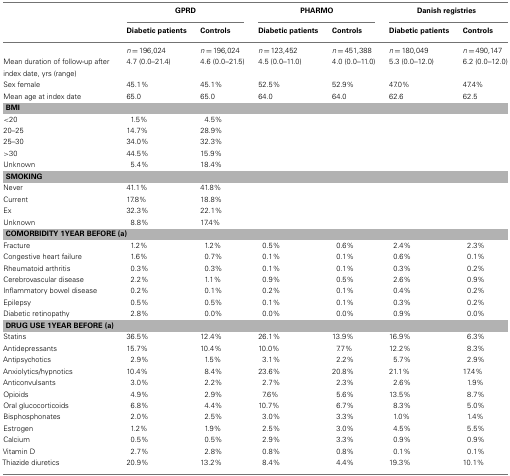
<table><thead><tr><td></td><td colspan="2"><b>GPRD</b></td><td colspan="2"><b>PHARMO</b></td><td colspan="2"><b>Danish registries</b></td></tr><tr><td></td><td><b>Diabetic patients</b></td><td><b>Controls</b></td><td><b>Diabetic patients</b></td><td><b>Controls</b></td><td><b>Diabetic patients</b></td><td><b>Controls</b></td></tr></thead><tbody><tr><td></td><td><i>n</i> = 196,024</td><td><i>n</i> = 196,024</td><td><i>n</i> = 123,452</td><td><i>n</i> = 451,388</td><td><i>n</i> = 180,049</td><td><i>n</i> = 490,147</td></tr><tr><td>Mean duration of follow-up after index date, yrs (range)</td><td>4.7 (0.0–21.4)</td><td>4.6 (0.0–21.5)</td><td>4.5 (0.0–11.0)</td><td>4.0 (0.0–11.0)</td><td>5.3 (0.0–12.0)</td><td>6.2 (0.0–12.0)</td></tr><tr><td>Sex female</td><td>45.1%</td><td>45.1%</td><td>52.5%</td><td>52.9%</td><td>47.0%</td><td>47.4%</td></tr><tr><td>Mean age at index date</td><td>65.0</td><td>65.0</td><td>64.0</td><td>64.0</td><td>62.6</td><td>62.5</td></tr><tr><td colspan="7"><b>BMI</b></td></tr><tr><td>&lt;20</td><td>1.5%</td><td>4.5%</td><td></td><td></td><td></td><td></td></tr><tr><td>20–25</td><td>14.7%</td><td>28.9%</td><td></td><td></td><td></td><td></td></tr><tr><td>25–30</td><td>34.0%</td><td>32.3%</td><td></td><td></td><td></td><td></td></tr><tr><td>&gt;30</td><td>44.5%</td><td>15.9%</td><td></td><td></td><td></td><td></td></tr><tr><td>Unknown</td><td>5.4%</td><td>18.4%</td><td></td><td></td><td></td><td></td></tr><tr><td colspan="7"><b>SMOKING</b></td></tr><tr><td>Never</td><td>41.1%</td><td>41.8%</td><td></td><td></td><td></td><td></td></tr><tr><td>Current</td><td>17.8%</td><td>18.8%</td><td></td><td></td><td></td><td></td></tr><tr><td>Ex</td><td>32.3%</td><td>22.1%</td><td></td><td></td><td></td><td></td></tr><tr><td>Unknown</td><td>8.8%</td><td>17.4%</td><td></td><td></td><td></td><td></td></tr><tr><td colspan="7"><b>COMORBIDITY 1 YEAR BEFORE (a)</b></td></tr><tr><td>Fracture</td><td>1.2%</td><td>1.2%</td><td>0.5%</td><td>0.6%</td><td>2.4%</td><td>2.3%</td></tr><tr><td>Congestive heart failure</td><td>1.6%</td><td>0.7%</td><td>0.1%</td><td>0.1%</td><td>0.6%</td><td>0.1%</td></tr><tr><td>Rheumatoid arthritis</td><td>0.3%</td><td>0.3%</td><td>0.1%</td><td>0.1%</td><td>0.3%</td><td>0.2%</td></tr><tr><td>Cerebrovascular disease</td><td>2.2%</td><td>1.1%</td><td>0.9%</td><td>0.5%</td><td>2.6%</td><td>0.9%</td></tr><tr><td>Inflammatory bowel disease</td><td>0.2%</td><td>0.1%</td><td>0.2%</td><td>0.1%</td><td>0.4%</td><td>0.2%</td></tr><tr><td>Epilepsy</td><td>0.5%</td><td>0.5%</td><td>0.1%</td><td>0.1%</td><td>0.3%</td><td>0.2%</td></tr><tr><td>Diabetic retinopathy</td><td>2.8%</td><td>0.0%</td><td>0.0%</td><td>0.0%</td><td>0.9%</td><td>0.0%</td></tr><tr><td colspan="7"><b>DRUG USE 1 YEAR BEFORE (a)</b></td></tr><tr><td>Statins</td><td>36.5%</td><td>12.4%</td><td>26.1%</td><td>13.9%</td><td>16.9%</td><td>6.3%</td></tr><tr><td>Antidepressants</td><td>15.7%</td><td>10.4%</td><td>10.0%</td><td>7.7%</td><td>12.2%</td><td>8.3%</td></tr><tr><td>Antipsychotics</td><td>2.9%</td><td>1.5%</td><td>3.1%</td><td>2.2%</td><td>5.7%</td><td>2.9%</td></tr><tr><td>Anxiolytics/hypnotics</td><td>10.4%</td><td>8.4%</td><td>23.6%</td><td>20.8%</td><td>21.1%</td><td>17.4%</td></tr><tr><td>Anticonvulsants</td><td>3.0%</td><td>2.2%</td><td>2.7%</td><td>2.3%</td><td>2.6%</td><td>1.9%</td></tr><tr><td>Opioids</td><td>4.9%</td><td>2.9%</td><td>7.6%</td><td>5.6%</td><td>13.5%</td><td>8.7%</td></tr><tr><td>Oral glucocorticoids</td><td>6.8%</td><td>4.4%</td><td>10.7%</td><td>6.7%</td><td>8.3%</td><td>5.0%</td></tr><tr><td>Bisphosphonates</td><td>2.0%</td><td>2.5%</td><td>3.0%</td><td>3.3%</td><td>1.0%</td><td>1.4%</td></tr><tr><td>Estrogen</td><td>1.2%</td><td>1.9%</td><td>2.5%</td><td>3.0%</td><td>4.5%</td><td>5.5%</td></tr><tr><td>Calcium</td><td>0.5%</td><td>0.5%</td><td>2.9%</td><td>3.3%</td><td>0.9%</td><td>0.9%</td></tr><tr><td>Vitamin D</td><td>2.7%</td><td>2.8%</td><td>0.8%</td><td>0.8%</td><td>0.1%</td><td>0.1%</td></tr><tr><td>Thiazide diuretics</td><td>20.9%</td><td>13.2%</td><td>8.4%</td><td>4.4%</td><td>19.3%</td><td>10.1%</td></tr></tbody></table>